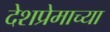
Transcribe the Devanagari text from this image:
देशप्रेमाच्या